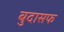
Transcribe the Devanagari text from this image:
बुदासफ